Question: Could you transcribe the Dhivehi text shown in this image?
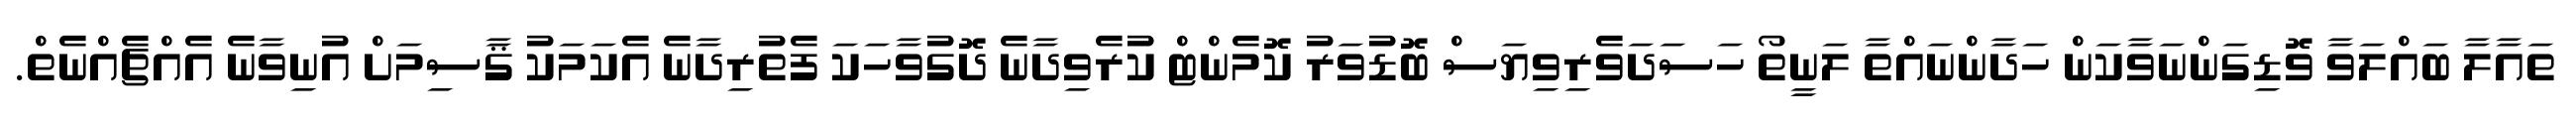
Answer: ތައާލާ ބައްލަވާ ވޮޑިގަންނަވާކަން ހަދާންނައްތާ ލަނީތޯ ހަސަދަވެރިވިޔަސް ބޮޑުވަރު ކޮމެންޓް ކުރެވިދާނެ ދޮގުވާހަކަ ފެތުރިދާނެ އެކަމަކު ޤާސިމަށް އުނިވާނެ އެއްޗެއްނެތް.